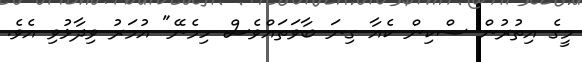
މީގެ އިތުރުން ސްކިން ކެއާ ގިނަ ބާވަތައްވެސް ހިމެނޭ" އުމަރު ވިދާޅުވި އެވެ.